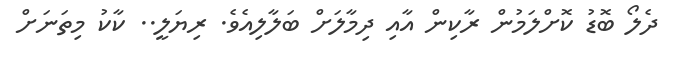
ދެލޯ ބޮޑު ކޮށްލަމުން ރާކިން އާއި ދިމާލަށް ބަލާލިއެވެ. ރިޔަލީ.. ކާކު މިތަނަށް